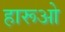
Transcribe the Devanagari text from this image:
हारूओ